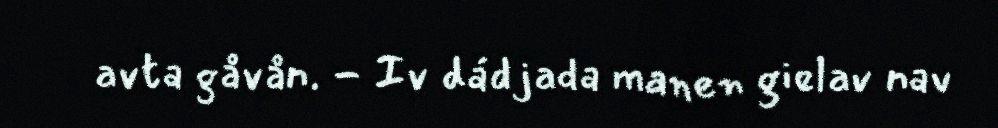
avta gåvån. - Iv dádjada manen gielav nav